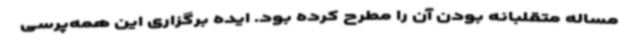
مساله متقلبانه بودن آن را مطرح کرده بود. ایده برگزاری این همه‌پرسی